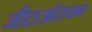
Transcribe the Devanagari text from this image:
जीटाओरायन